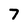
Character: 7